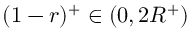
( 1 - r ) ^ { + } \in ( 0 , 2 R ^ { + } )